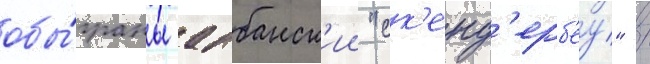
обы́граны албанск'ии "ск'енд'ерб'еу" /